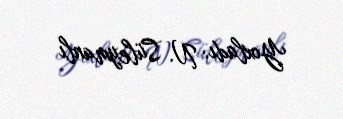
Yoxladı: N. Süleymanlı